Report of the Indian Hemp Drugs Commission, 1894-1895 - Volume IV
Year: 1894
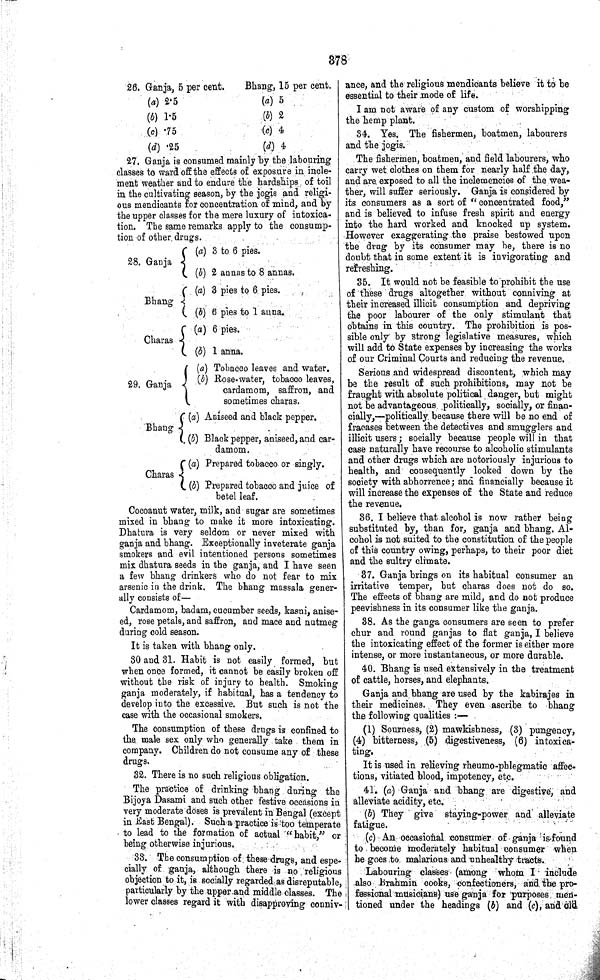
378
26. Ganja, 5 per cent.
Bhang, 15 per cent.
(a) 2.5
(a) 5
(b) 1.5
(b) 2
(c) .75
(c) 4
(d) .25
(d) 4
27. Ganja is consumed mainly by the labouring
classes to ward off the effects of exposure in incle-
ment weather and to endure the hardships of toil
in the cultivating season, by the jogis and religi-
ous mendicants for concentration of mind, and by
the upper classes for the mere luxury of intoxica-
tion. The same remarks apply to the consump-
tion of other drugs.
28. Ganja
(a) 3 to 6 pies.
(b) 2 annas to 8 annas.
Bhang
(a) 3 pies to 6 pies.
(b) 6 pies to 1 anna.
Charas
(a) 6 pies.
(b) 1 anna.
29. Ganja
(a) Tobacco leaves and water.
(b) Rose-water, tobacco leaves,
cardamom, saffron, and
sometimes charas.
Bhang
(a) Aniseed and black pepper.
(b) Black pepper, aniseed, and car-
damom.
Charas
(a) Prepared tobacco or singly.
(b) Prepared tobacco and juice of
betel leaf.
Cocoanut water, milk, and sugar are sometimes
mixed in bhang to make it more intoxicating.
Dhatura is very seldom or never mixed with
ganja and bhang. Exceptionally inveterate ganja
smokers and evil intentioned persons sometimes
mix dhatura seeds in the ganja, and I have seen
a few bhang drinkers who do not fear to mix
arsenic in the drink. The bhang massala gener-
ally consists of—
Cardamom, badam, cucumber seeds, kasni, anise-
ed, rose petals, and saffron, and mace and nutmeg
during cold season.
It is taken with bhang only.
30 and 31. Habit is not easily formed, but
when once formed, it cannot be easily broken off
without the risk of injury to health. Smoking
ganja moderately, if habitual, has a tendency to
develop into the excessive. But such is not the
case with the occasional smokers.
The consumption of these drugs is confined to
the male sex only who generally take them in
company. Children do not consume any of these
drugs.
32. There is no such religious obligation.
The practice of drinking bhang during the
Bijoya Dasami and such other festive occasions in
very moderate doses is prevalent in Bengal (except
in East Bengal). Such a practice is too temperate
to lead to the formation of actual "habit," or
being otherwise injurious.
33. The consumption of these drugs, and espe-
cially of ganja, although there is no religious
objection to it, is socially regarded as disreputable,
particularly by the upper and middle classes. The
lower classes regard it with disapproving conniv-
ance, and the religious mendicants believe it to be
essential to their mode of life.
I am not aware of any custom of worshipping
the hemp plant.
34. Yes. The fishermen, boatmen, labourers
and the jogis.
The fishermen, boatmen, and field labourers, who
carry wet clothes on them for nearly half the day,
and are, exposed to all the inclemencies of the wea-
ther, will suffer seriously. Ganja is considered by
its consumers as a sort of "concentrated food,"
and is believed to infuse fresh spirit and energy
into the hard worked and knocked up system.
However exaggerating the praise bestowed upon
the drug by its consumer may be, there is no
doubt that in some extent it is invigorating and
refreshing.
35. It would not be feasible to prohibit the use
of these drugs altogether without conniving at
their increased illicit consumption and depriving
the poor labourer of the only stimulant that
obtains in this country. The prohibition is pos-
sible only by strong legislative measures, which
will add to State expenses by increasing the works
of our Criminal Courts and reducing the revenue.
Serious and widespread discontent, which may
be the result of such prohibitions, may not be
fraught with absolute political danger, but might
not be advantageous politically, socially, or finan-
cially,—politically because there will be no end of
fracases between the detectives and smugglers and
illicit users; socially because people will in that
case naturally have recourse to alcoholic stimulants
and other drugs which are notoriously injurious to
health, and consequently looked down by the
society with abhorrence; and financially because it
will increase the expenses of the State and reduce
the revenue.
36. I believe that alcohol is now rather being
substituted by, than for, ganja and bhang. Al-
cohol is not suited to the constitution of the people
of this country owing, perhaps, to their poor diet
and the sultry climate.
37. Ganja brings on its habitual consumer an
irritative temper, but charas does not do so.
The effects of bhang are mild, and do not produce
peevishness in its consumer like the ganja.
38. As the ganga consumers are seen to prefer
chur and round ganjas to flat ganja, I believe
the intoxicating effect of the former is either more
intense, or more instantaneous, or more durable.
40. Bhang is used extensively in the treatment
of cattle, horses, and elephants.
Ganja and bhang are used by the kabirajes in
their medicines. They even ascribe to bhang
the following qualities:—
(1) Sourness, (2) mawkishness, (3) pungency,
(4) bitterness, (5) digestiveness, (6) intoxica-
ting.
It is used in relieving rheumo-phlegmatic affec-
tions, vitiated blood, impotency, etc.
41. (a) Ganja and bhang are digestive, and
alleviate acidity, etc.
(b) They give staying-power and alleviate
fatigue.
(c) An occasional consumer of ganja is found
to
become moderately habitual consumer when
he goes to malarious and unhealthy tracts.
Labouring classes (among whom I include
also
Brahmin cooks, confectioners, and the pro-
fessional musicians) use ganja for purposes men-
tioned under the headings (b) and (c), and old